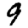
Digit: 9